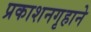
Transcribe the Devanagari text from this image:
प्रकाशनगृहाने